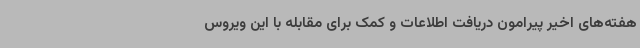
هفته‌های اخیر پیرامون دریافت اطلاعات و کمک برای مقابله با این ویروس